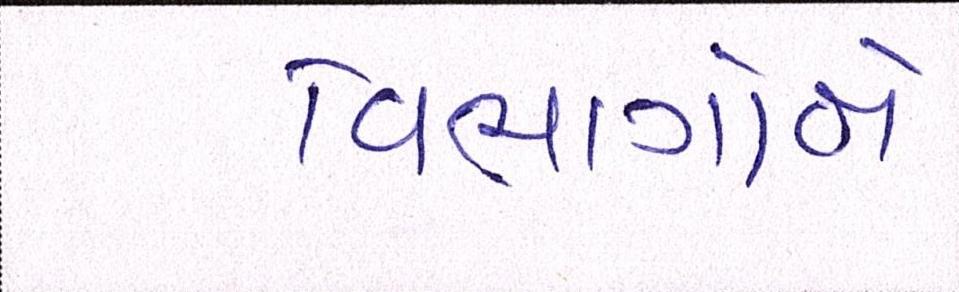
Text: વિભાગોને